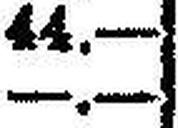
—.—